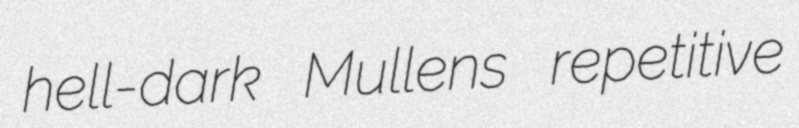
hell-dark Mullens repetitive